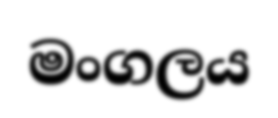
මංගලය